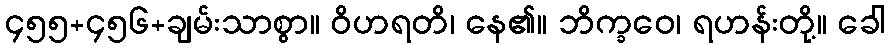
၄၅၅+၄၅၆+ချမ်းသာစွာ။ ဝိဟရတိ၊ နေ၏။ ဘိက္ခဝေ၊ ရဟန်းတို့။ ခေါ